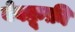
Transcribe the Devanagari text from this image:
बेवक़ूफ़ी